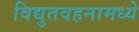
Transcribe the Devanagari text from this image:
विद्युतवहनामध्ये